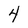
Character: 4